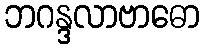
ဘဂန္ဒလာဗာဓော